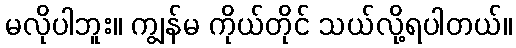
မလိုပါဘူး။ ကျွန်မ ကိုယ်တိုင် သယ်လို့ရပါတယ်။